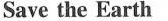
Save the Earth